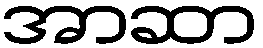
အာဆာ